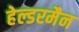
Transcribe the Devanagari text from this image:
हेल्डरमैन